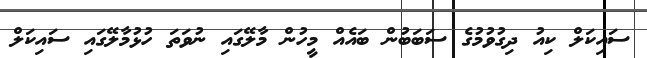
ސައިކަލް ކިއު ދިގުވުމުގެ ސަބަބުން ބައެއް މީހުން މާލޭގައި ނުވަތަ ހުޅުމާލޭގައި ސައިކަލް